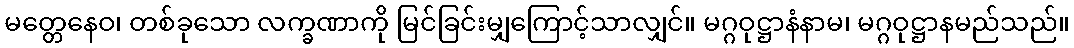
မတ္တေနေဝ၊ တစ်ခုသော လက္ခဏာကို မြင်ခြင်းမျှကြောင့်သာလျှင်။ မဂ္ဂဝုဋ္ဌာနံနာမ၊ မဂ္ဂဝုဋ္ဌာနမည်သည်။